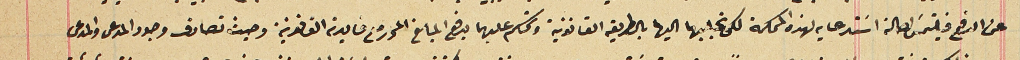
عن الدفع فليتمسَ احالة استدعايه لهذه المحكمة لكى نجلبهما اليها بالطريقه القانونية ونحكم عليهما بدفع المبلغ المحرر مع فايدته القانونية وحيث تصادف وجود المدعى والمدعى